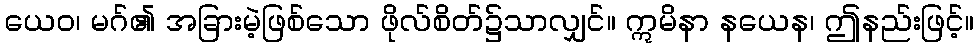
ယေဝ၊ မဂ်၏ အခြားမဲ့ဖြစ်သော ဖိုလ်စိတ်၌သာလျှင်။ ဣမိနာ နယေန၊ ဤနည်းဖြင့်။